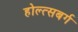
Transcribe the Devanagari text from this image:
होल्त्सबर्ग